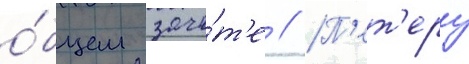
о́бщем зачё́т'е // П'ет'еру